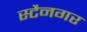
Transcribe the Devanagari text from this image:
स्टैनगर